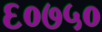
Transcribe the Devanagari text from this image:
६०७५०